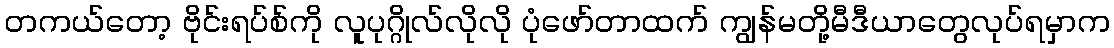
တကယ်တော့ ဗိုင်းရပ်စ်ကို လူပုဂ္ဂိုလ်လိုလို ပုံဖော်တာထက် ကျွန်မတို့မီဒီယာတွေလုပ်ရမှာက